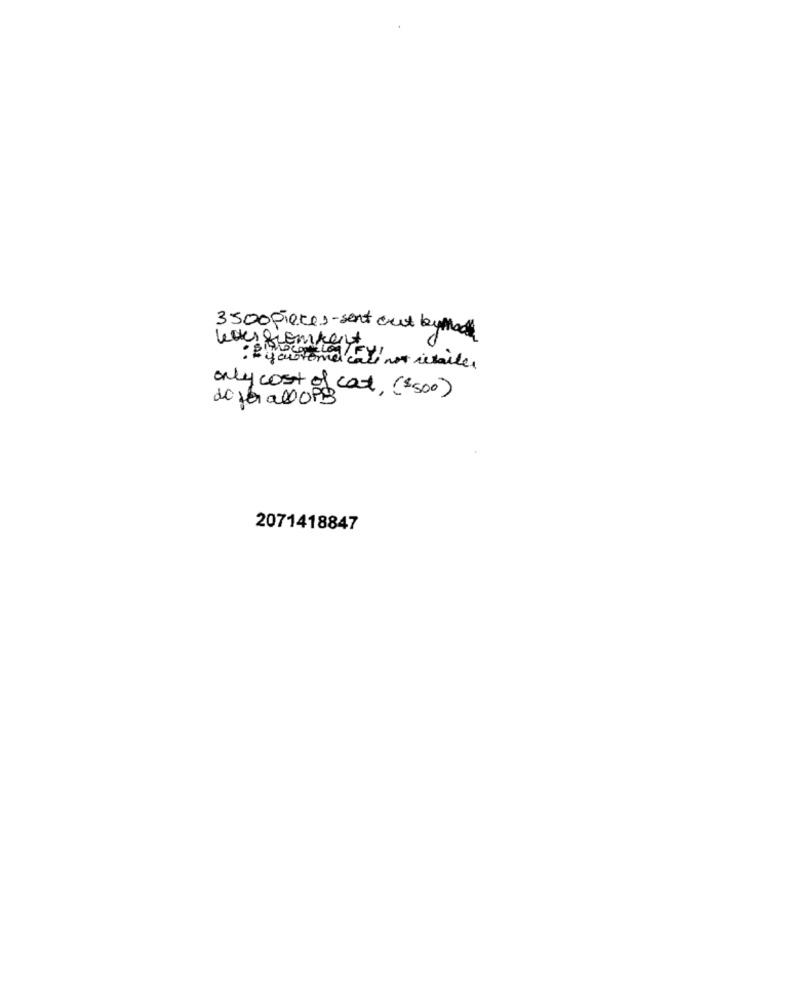
3500 pieces- sent out bymed
: Byobroma
only cost of cat, ($500)
dopo allofs
2071418847